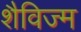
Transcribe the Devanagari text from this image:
शैविज्म